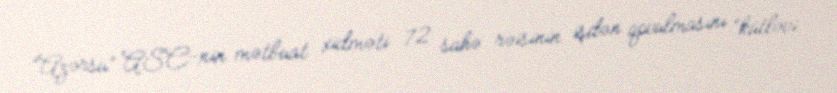
“Azərsu” ASC-nin mətbuat xidməti 72 sahə rəisinin işdən qovulmasını “kütləvi